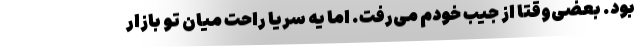
بود. بعضی‌وقتا از جیب خودم می‌رفت. اما یه سریا راحت میان تو بازار